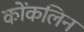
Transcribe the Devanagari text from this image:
कोंकलिन